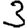
Digit: 3